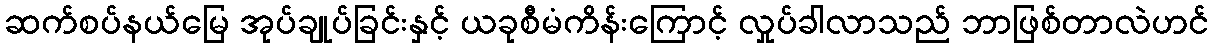
ဆက်စပ်နယ်မြေ အုပ်ချုပ်ခြင်းနှင့် ယခုစီမံကိန်းကြောင့် လှုပ်ခါလာသည် ဘာဖြစ်တာလဲဟင်